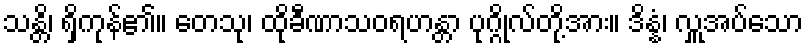
သန္တိ၊ ရှိကုန်၏။ တေသု၊ ထိုခီဏာသဝရဟန္တာ ပုဂ္ဂိုလ်တို့အား။ ဒိန္နံ၊ လှူအပ်သော